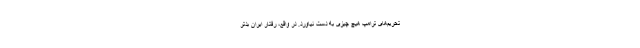
تحریم‌های ترامپ هیچ چیزی به دست نیاورد. در واقع، رفتار ایران بدتر